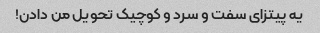
یه پیتزای سفت و سرد و کوچیک تحویل من دادن!